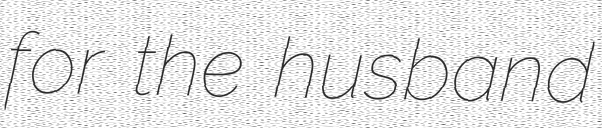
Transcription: for the husband